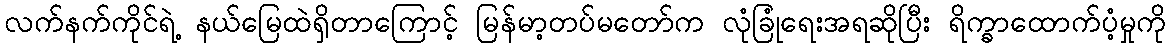
လက်နက်ကိုင်ရဲ့ နယ်မြေထဲရှိတာကြောင့် မြန်မာ့တပ်မတော်က လုံခြုံရေးအရဆိုပြီး ရိက္ခာထောက်ပံ့မှုကို